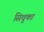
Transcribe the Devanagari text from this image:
सिवुका